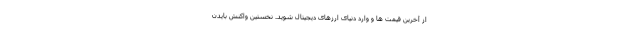
از آخرین قیمت ها و وارد دنیای ارزهای دیجیتال شوید. نخستین واکنش بایدن